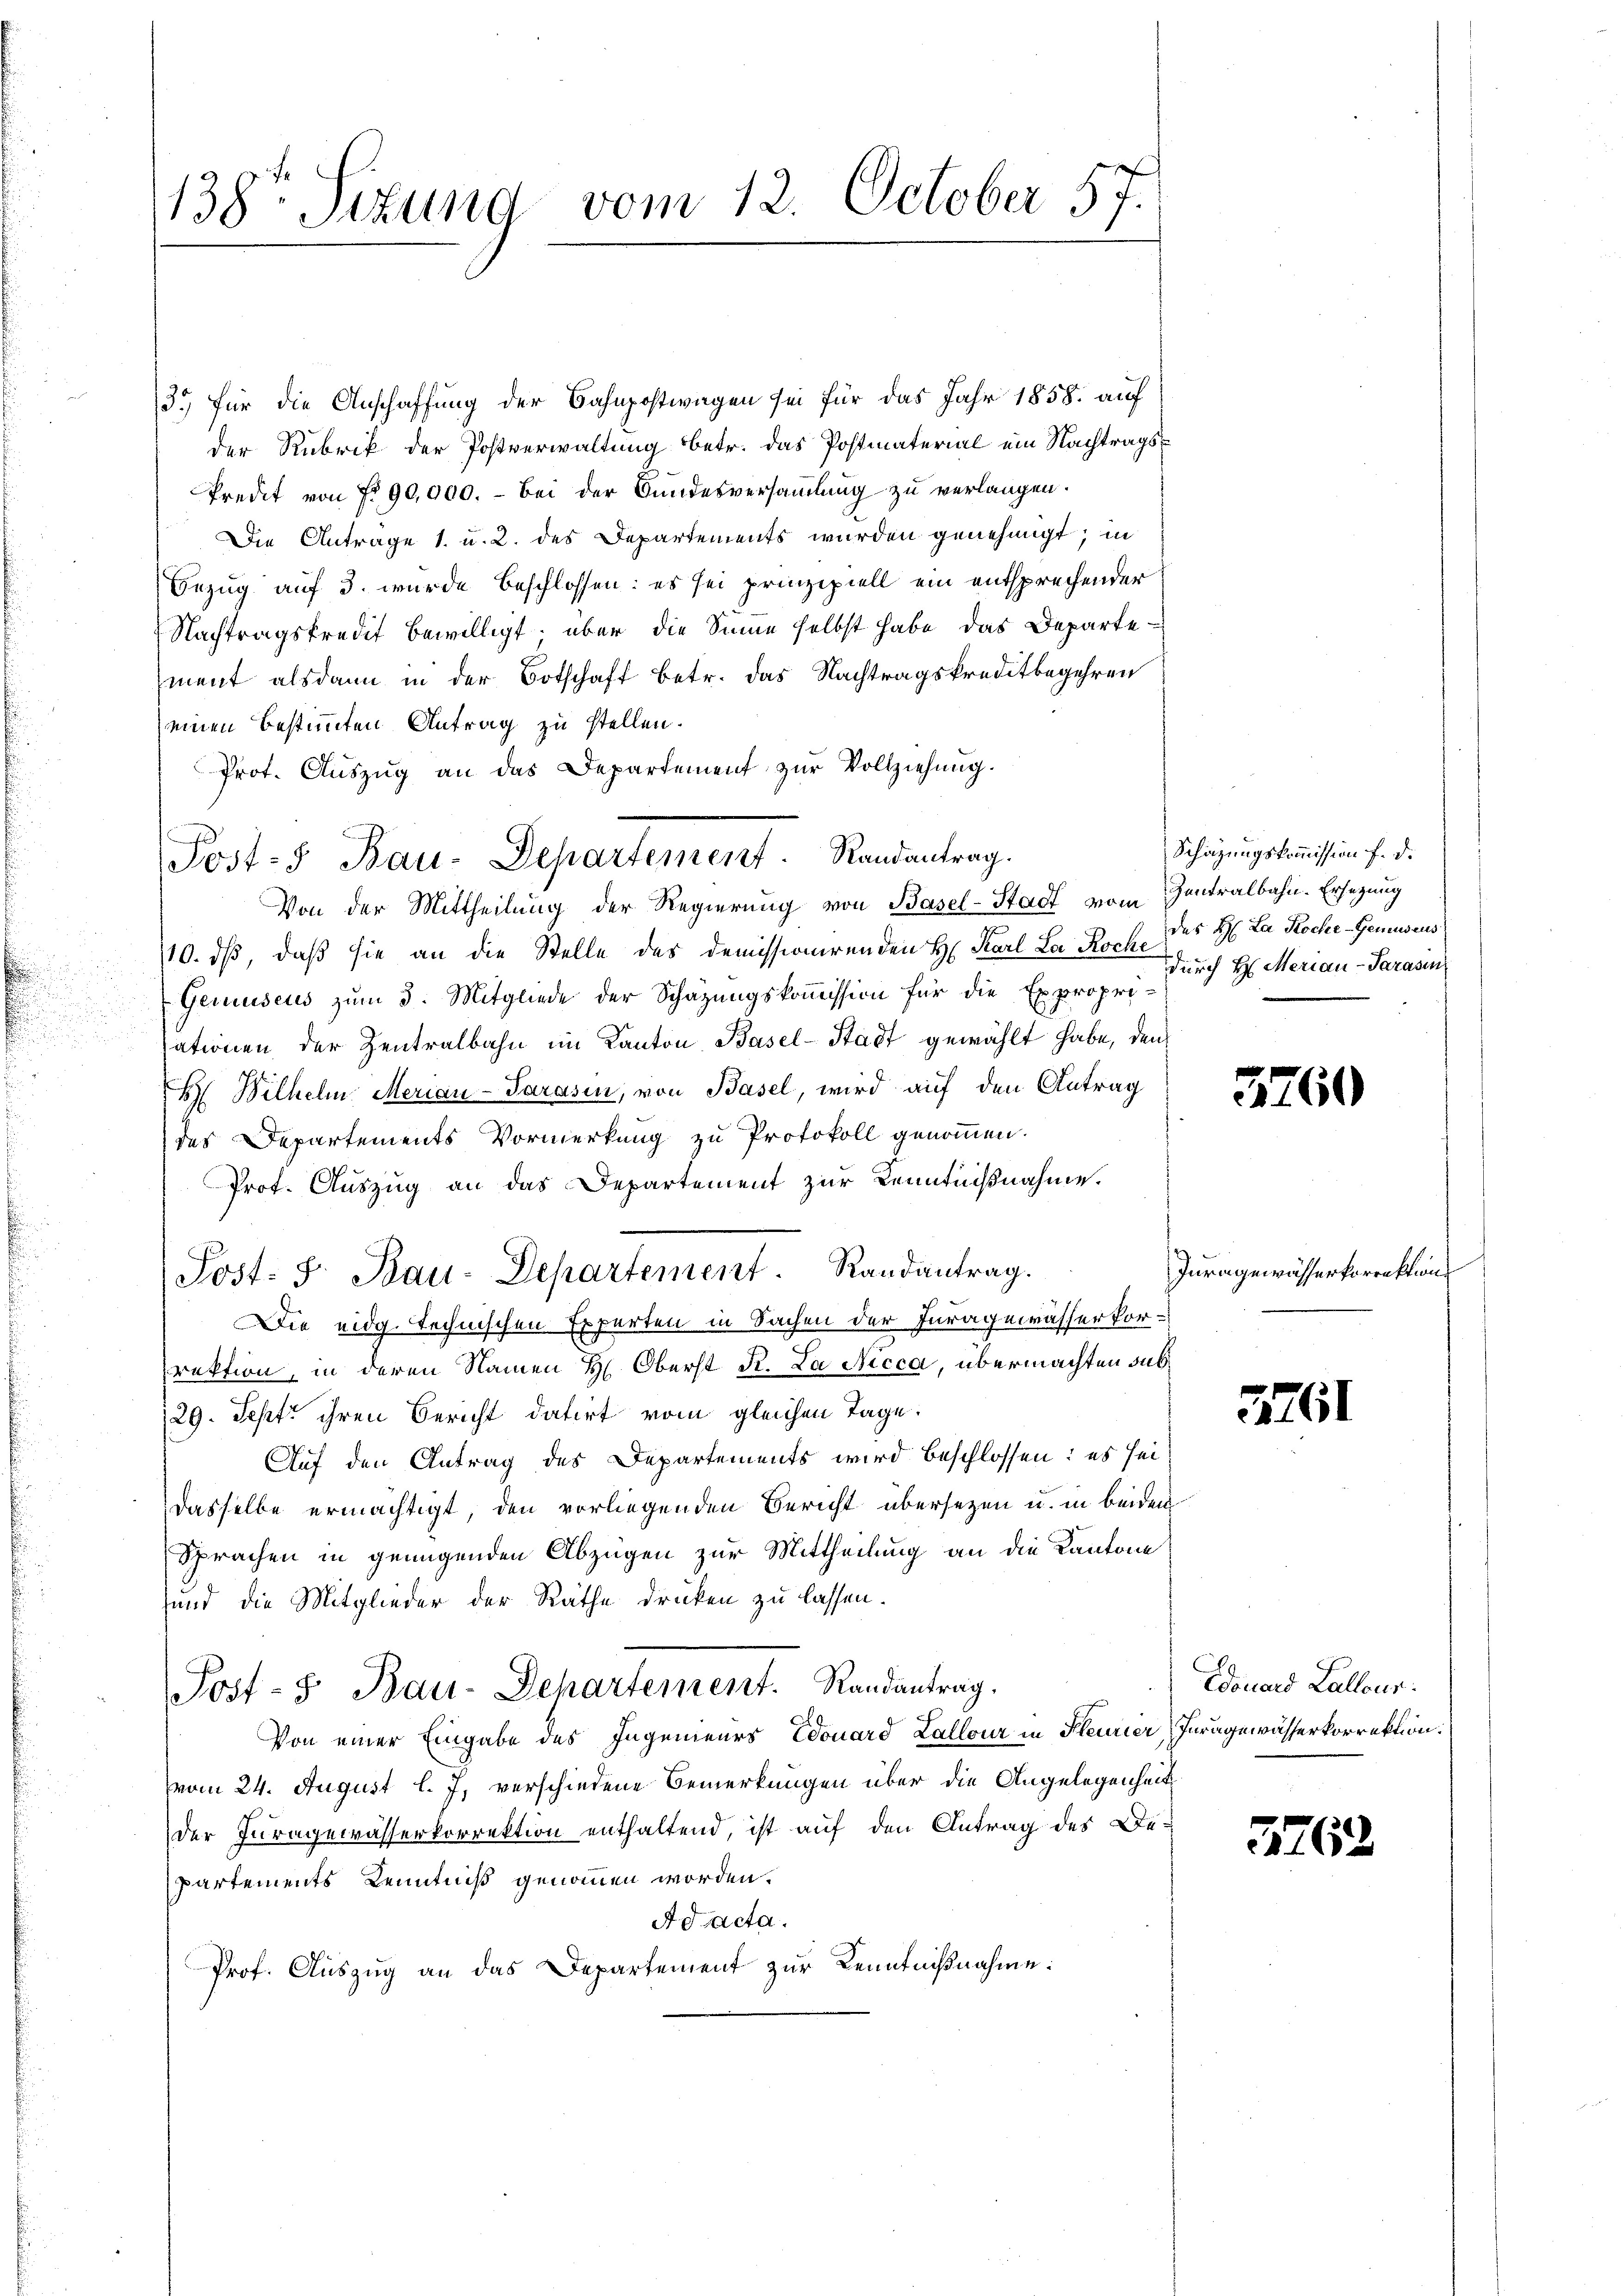
138. Situng vom 12. October 57.

3.) Für die Anschaffung der Bahnpostwagen sei für das Jahr 1858 auf
der Rubrik der Postverwaltung betr. das Postmaterial ein Nachtrags¬
Predit von Nr. 90,000.- bei der Bundesversammlung zu verlangen.
Die Antrage 1. u. 2. des Departements wurden genehmigt; in
Bezug auf 3. wurde beschlossen: es sei prinzipiell ein entsprechender
Nachtragskredit bewilligt; über die Sinne selbst habe, das Departement alsdann in der Botschaft betr. das Nachtragskreditbegehren
einen bestimmten Antrag zu stellen.
Prot. Auszug an das Departement zur Vollziehung.
Von der Mittheilung der Regierung von Basel-Stadt vom Zentralbahn. Ersezung
10. ds, daß sie an die Stelle des demissionirenden H. Karl La Roche des H. La Roche-Gemuseus
Gemuseus zum 3. Mitgliede der Schätzungskommission für die Expropri-
ationen der Zentralbahn im Kanton Basel-Stadt gewählt habe, den
H Bilhelm Merian-Parasen, von Basel, wird auf den Antrag
des Departements Vormerkung zu Protokoll genommen.
Prot. Auszug an das Departement zur Kenntnißnahme.
Post- S. Bau-Departement. Randantrag.
Die eidg. Technischen Experten in Sachen der Iuragewässerforrektion, in deren Namen H. Oberst R. La Nicca, übermachten Sub¬
29. Sept ihren Bericht datirt vom gleichen Tage.
Auf den Antrag des Departements wird beschlossen: es sei
dasselbe ermächtigt, den vorliegenden Bericht übersetzen u. in beiden
Sprachen in genügenden Abzügen zur Mittheilung an die Kantone
sund die Mitglieder der Räthe drücken zu lassen.
Post-S. Bau-Departement. Randantrag.
Von einer Eingabe des Ingenieurs Edouard Lallour in Kleurier Juragewässerkorrektion.
vom 24. August l. J. verschiedene Bemerkungen über die Angelegenheit
der Juragewässerkorrektion enthaltend, ist auf den Antrag des De-
partements Kenntniß genommen worden.
Ad acta.
Prof. Auszug an das Departement zur Kenntnißnahme:

d
Jost - Bau-Departement. Randantrag.

Schätzungskommission f. d.
durch H. Merian-Parasen

3760

Juragewässerkorrektion

3761

Edouard Lalleur.

2262